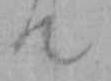
て